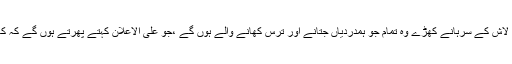
میرے مرنے پر میری لاش کے سرہانے کھڑے وہ تمام جو ہمدردیاں جتانے اور ترس کھانے والے ہوں گے ،جو علی الاعلان کہتے پھرتے ہوں گے کہ کاش ہمیں ملتا،کچھ بولتا۔